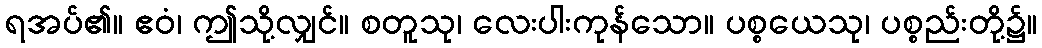
ရအပ်၏။ ဧဝံ၊ ဤသို့လျှင်။ စတူသု၊ လေးပါးကုန်သော။ ပစ္စယေသု၊ ပစ္စည်းတို့၌။